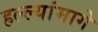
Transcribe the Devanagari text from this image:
हल्ल्यांमागे